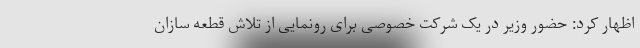
اظهار کرد: حضور وزیر در یک شرکت خصوصی برای رونمایی از تلاش قطعه سازان